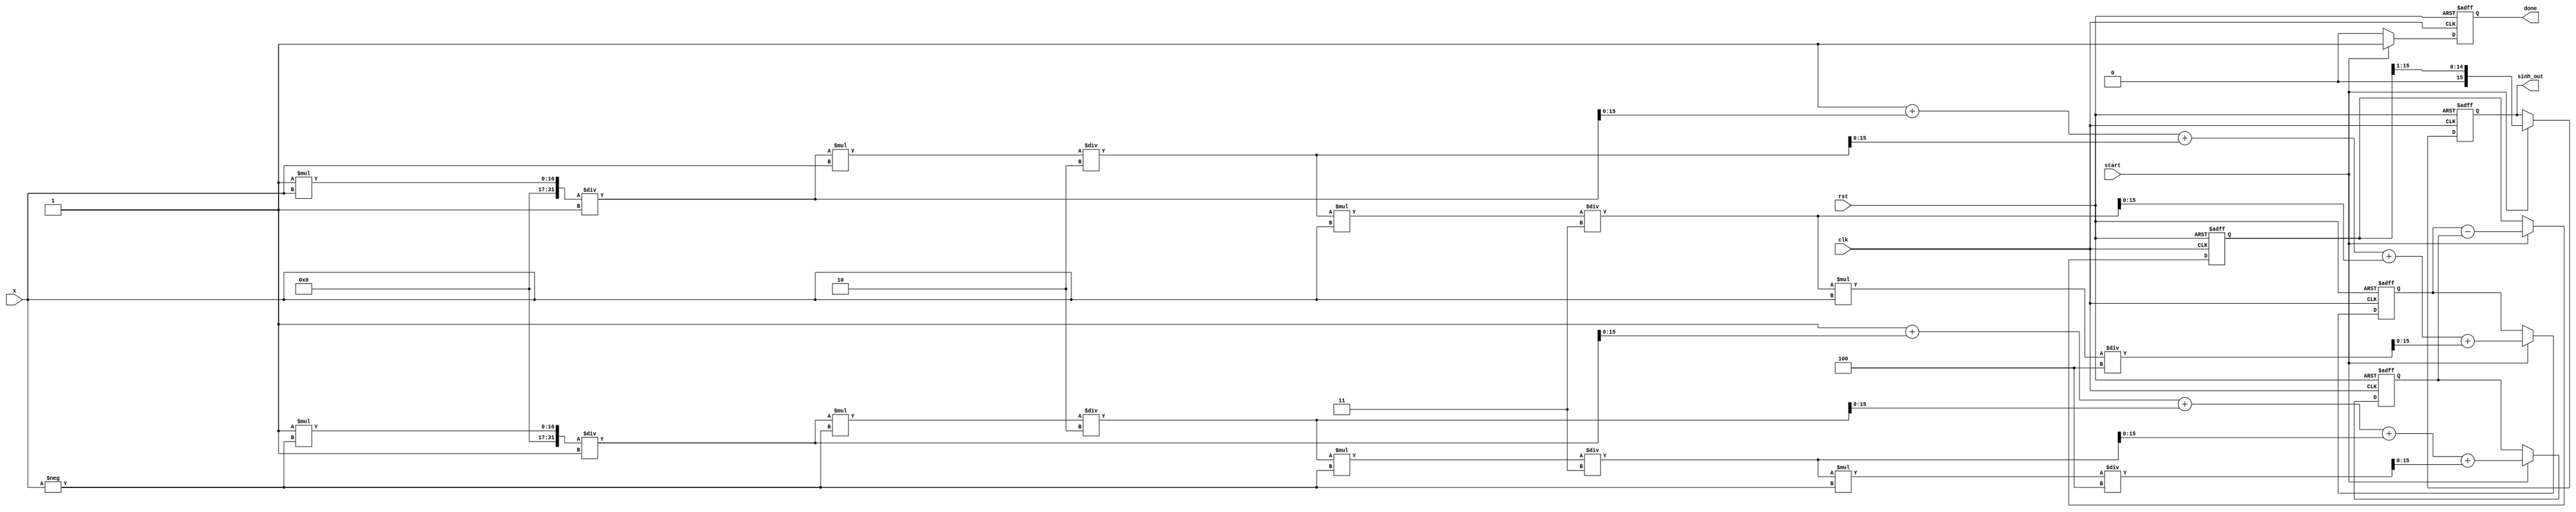
module sinh_block(
    input  wire [15:0] x,        // 16-bit fixed-point input (x)
    output reg  [15:0] sinh_out,  // 16-bit fixed-point output (sinh(x))
    input  wire clk,
    input  wire rst,
    input  wire start,
    output reg done
);
    // Internal registers for calculations
    reg [15:0] exp_x;            // e^x
    reg [15:0] exp_neg_x;        // e^(-x)
    reg [15:0] e_diff;           // e^x - e^(-x)
    
    // Simple approximation for e^x using Taylor series expansion:
    // e^x  1 + x + (x^2)/2! + (x^3)/3! + (x^4)/4! (up to 4 terms)
    function [15:0] exp_taylor;
        input [15:0] val;
        reg [31:0] term;  
        reg [31:0] sum;
        integer i;
        begin
            term = 32'd1; // e^0 = 1
            sum = 32'd1; // Initial sum
            for (i = 1; i <= 4; i = i + 1) begin
                term = (term * val) / i; // Compute term (x^i / i!)
                sum = sum + term; // Cumulative sum
            end
            exp_taylor = sum[15:0]; // Return 16-bit result
        end
    endfunction

    // Process block to compute sinh
    always @(posedge clk or posedge rst) begin
        if (rst) begin
            sinh_out <= 16'd0;
            exp_x <= 16'd0;
            exp_neg_x <= 16'd0;
            e_diff <= 16'd0;
            done <= 1'b0;
        end else if (start) begin
            exp_x <= exp_taylor(x);                // Compute e^x
            exp_neg_x <= exp_taylor(-x);           // Compute e^(-x)
            e_diff <= exp_x - exp_neg_x;           // Compute e^x - e^(-x)
            sinh_out <= e_diff >> 1;               // Divide by 2
            done <= 1'b1;                           // Indicate computation done
        end else begin
            done <= 1'b0;                           // Reset done signal
        end
    end
endmodule